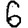
Digit: 6